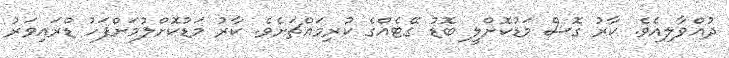
ދުއްވާލިއެވެ. ކާރު ގޮސް މަޑުކޮށްލީ ބޮޑު ގޭޓެއްގެ ކުރިމައްޗަށެވެ. ކާރު މަޑުކޮށްލުމަށްފަހު ޑްރައިވަރު